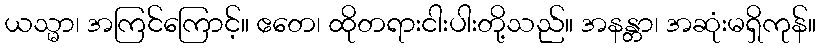
ယသ္မာ၊ အကြင်ကြောင့်။ ဧတေ၊ ထိုတရားငါးပါးတို့သည်။ အနန္တာ၊ အဆုံးမရှိကုန်။